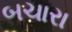
બચારા